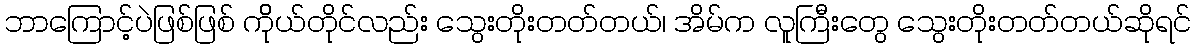
ဘာကြောင့်ပဲဖြစ်ဖြစ် ကိိုယ်တိုင်လည်း သွေးတိုးတတ်တယ်၊ အိမ်က လူကြီးတွေ သွေးတိုးတတ်တယ်ဆိုရင်